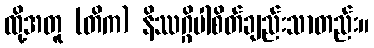
ထို့အတူ (တိက) နိဿဂ္ဂိပါစိတ်ချည်းသာတည်း။